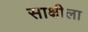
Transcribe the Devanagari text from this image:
साक्षीला